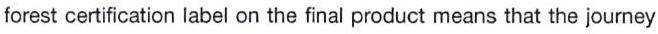
forest certification label on the final product means that the journey